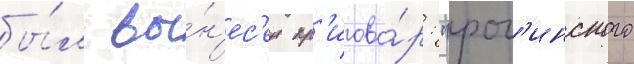
бы́л вы́н'ес'ен пр'игово́р: "рог'инского